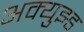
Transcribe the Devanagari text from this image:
अक्युझ्ड